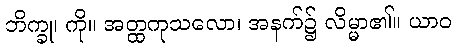
ဘိက္ခု၊ ကို။ အတ္ထကုသလော၊ အနက်၌ လိမ္မာ၏။ ယာဝ